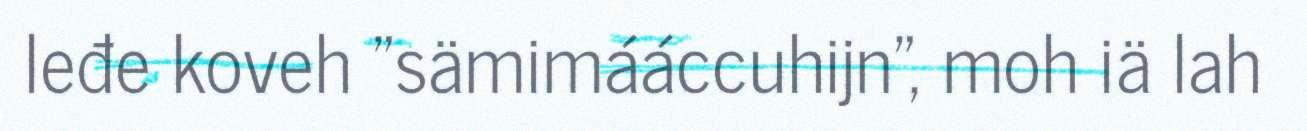
leđe koveh "sämimááccuhijn", moh iä lah